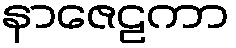
နာဇေဠကာ